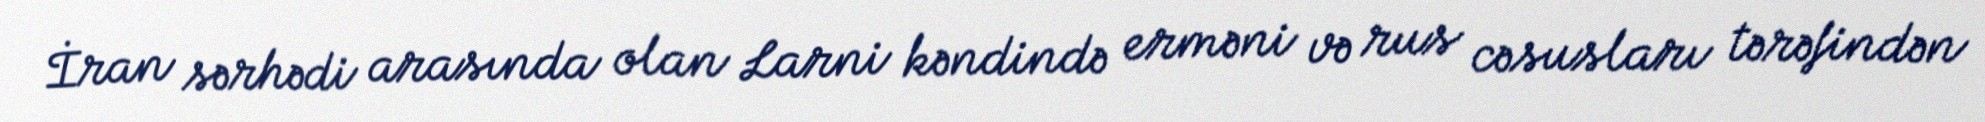
İran sərhədi arasında olan Larni kəndində erməni və rus cəsusları tərəfindən